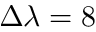
\Delta \lambda = 8